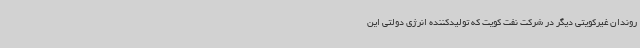
روندان غیرکویتی دیگر در شرکت نفت کویت که تولیدکننده انرژی دولتی این